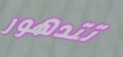
تتدهور